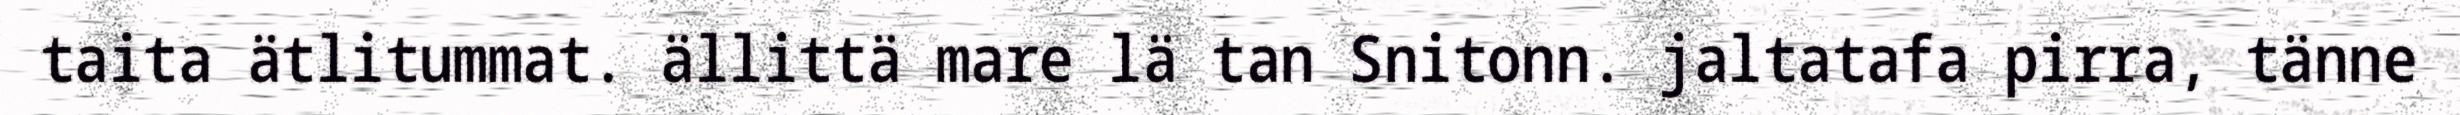
taita ätlitummat. ällittä mare lä tan Snitonn. jaltatafa pirra, tänne